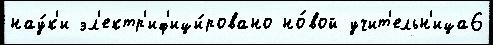
нау́к'и эл'ектр'иф'ици́ровано но́вой учит'ельн'ица6